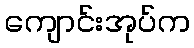
ကျောင်းအုပ်က